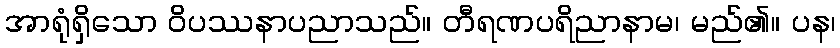
အာရုံရှိသော ဝိပဿနာပညာသည်။ တီရဏပရိညာနာမ၊ မည်၏။ ပန၊